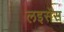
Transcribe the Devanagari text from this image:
लइसेंस